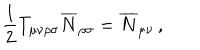
\frac { 1 } { 2 } T _ { \mu \nu \rho \sigma } \overline { { { N } } } _ { \rho \sigma } = \overline { { { N } } } _ { \mu \nu } \, ,